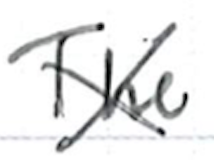
Text: The
Cross-out: cross
Writing tool: ballpoint